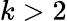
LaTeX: k>2